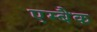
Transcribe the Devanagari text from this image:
एम्बैक